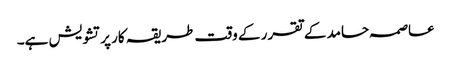
عاصمہ حامد کے تقرر کے وقت طریقہ کار پرتشویش ہے۔